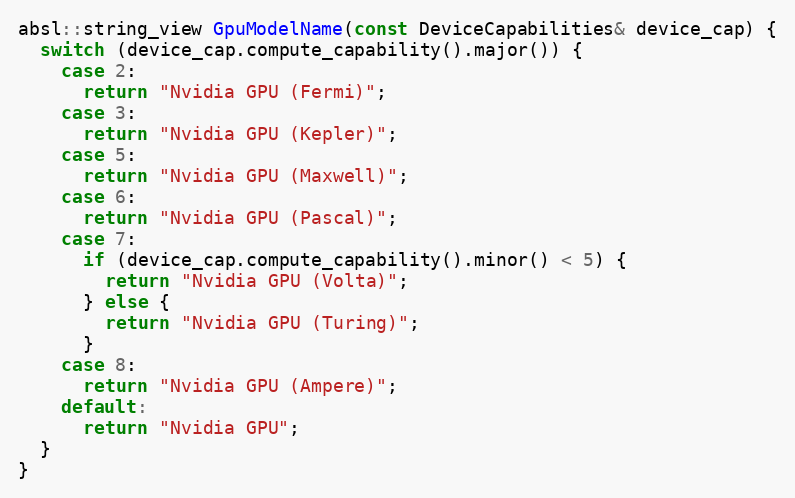
Language: C++
absl::string_view GpuModelName(const DeviceCapabilities& device_cap) {
  switch (device_cap.compute_capability().major()) {
    case 2:
      return "Nvidia GPU (Fermi)";
    case 3:
      return "Nvidia GPU (Kepler)";
    case 5:
      return "Nvidia GPU (Maxwell)";
    case 6:
      return "Nvidia GPU (Pascal)";
    case 7:
      if (device_cap.compute_capability().minor() < 5) {
        return "Nvidia GPU (Volta)";
      } else {
        return "Nvidia GPU (Turing)";
      }
    case 8:
      return "Nvidia GPU (Ampere)";
    default:
      return "Nvidia GPU";
  }
}